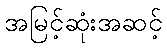
အမြင့်ဆုံးအဆင့်